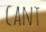
CANT